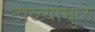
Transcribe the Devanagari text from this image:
टोळ्यांमुळे